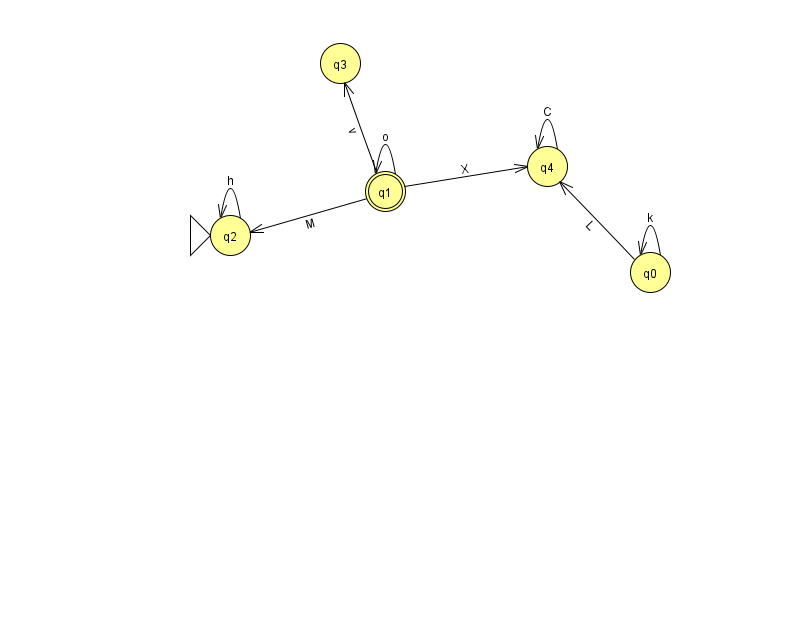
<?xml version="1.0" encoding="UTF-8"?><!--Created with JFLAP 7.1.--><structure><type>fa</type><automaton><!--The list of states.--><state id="0" name="q0"><x>650.0</x><y>259.0</y></state><state id="1" name="q1"><x>385.0</x><y>178.0</y><final/></state><state id="2" name="q2"><x>230.0</x><y>222.0</y><initial/></state><state id="3" name="q3"><x>340.0</x><y>50.0</y></state><state id="4" name="q4"><x>547.0</x><y>153.0</y></state><!--The list of transitions.--><transition><from>4</from><to>4</to><read>C</read></transition><transition><from>1</from><to>4</to><read>X</read></transition><transition><from>0</from><to>4</to><read>L</read></transition><transition><from>2</from><to>2</to><read>h</read></transition><transition><from>1</from><to>3</to><read>v</read></transition><transition><from>0</from><to>0</to><read>k</read></transition><transition><from>1</from><to>2</to><read>M</read></transition><transition><from>1</from><to>1</to><read>o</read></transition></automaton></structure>